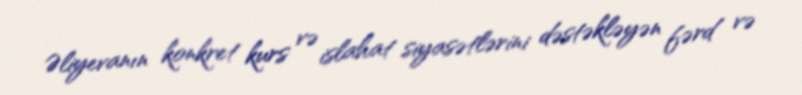
Əliyevanın konkret kurs və islahat siyasətlərini dəstəkləyən fərd və